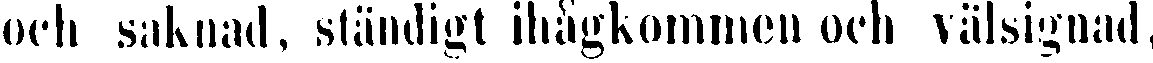
och saknad, ständigt ihågkommen och välsignad,